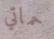
حماتي